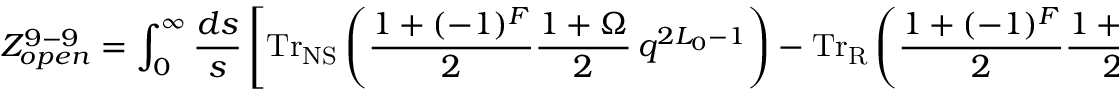
{ \cal Z } _ { o p e n } ^ { 9 - 9 } = \int _ { 0 } ^ { \infty } \frac { d s } { s } \left[ \mathrm { T r } _ { \mathrm { N S } } \left( { { \frac { 1 + ( - 1 ) ^ { F } } { 2 } } } { \frac { 1 + \Omega } { 2 } } \, q ^ { 2 L _ { 0 } - 1 } \right) - \mathrm { T r } _ { \mathrm { R } } \left( { { \frac { 1 + ( - 1 ) ^ { F } } { 2 } } } { \frac { 1 + \Omega } { 2 } } \, q ^ { 2 L _ { 0 } } \right) \right] ~ ~ ,